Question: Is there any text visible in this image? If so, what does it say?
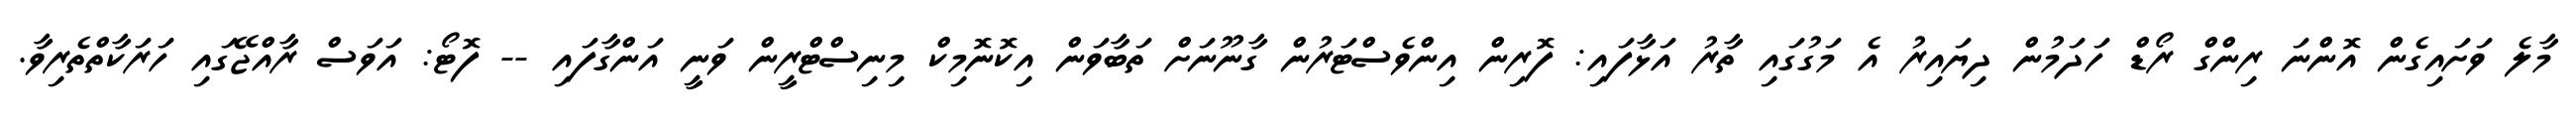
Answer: މާލެ ވަށައިގެން އޮންނަ ރިންގް ރޯޑް ހަދަމުން ދިޔައިރު އެ މަގުގައި ތާރު އަޅާފައި: ފޮރިން އިންވެސްޓަރުން ގާނޫނަށް ތަބާވަން އިކޮނޮމިކް މިނިސްޓްރީން ވަނީ އަންގާފައި -- ފޮޓޯ: އަވަސް ރާއްޖޭގައި ހަރަކާތްތެރިވާ.